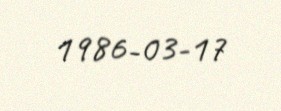
1986-03-17